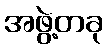
အဖွဲ့တခု